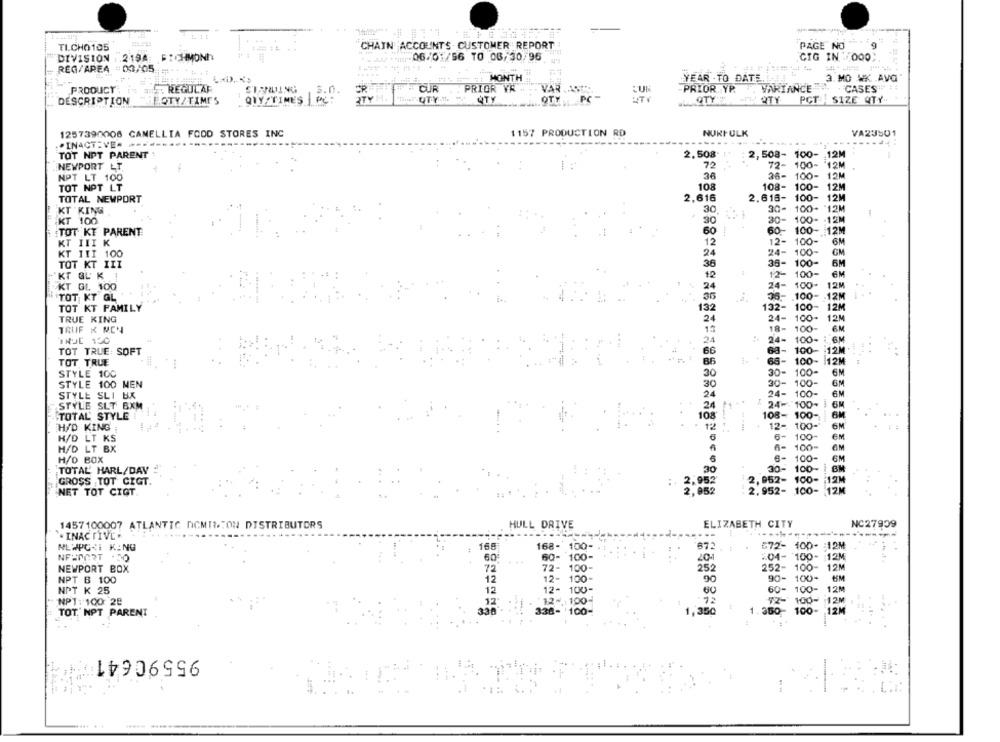
CHAIN ACCOUNTS CUSTOMER REPORT
PAGE NO
TICHO105
DIVISION .219A FICHMONh
06/01/56 TO 08/30/95
CIG IN 1000
REG/AREA :02/05
MONTH
YEAR . TO DATE ..
a. MO WK AVQ
PRODUCT
: REGULAR
STANDING
CIR
PRIOR VR
VAR
PRIOR. YP.
VARIANCE
CASES
ER
UTY 1.
PC-
DESCRIPTION
LOTY/TIMES
QTY TIMES
UTY
OTY
HTY
QTY PCT SIZE QTY
1257390006 CAMELLIA FOOD STORES INC
1157 PRODUCTION RD
NURFULK
VA23501
.. INACTIVE- -----...
TOT NPT PARENT :
2.508
2,508- 100- 12M
72
72- 100- 12M
NEWPORT LT
NPT LT 100
36
36- 100-
12M
TOT NPT LT
108
108- 100-
12M
TOTAL NEWPORT
2,616
2.616-
100-
12M
30-
100- 12M
KT KING
30
KT 100
30
30- 100- - 12M
TOT KT PARENT
60
60-
100- 12M
KT III K
12
12-
12- 100-
6M
24-
24- 100-
GM
KT III 100
24
TOT KT III
38
35-
100-
6M
12- 100-
6M
KT GL K
12
KT GL 100
24
24- 100-
12M
TOT KT GL
31
36- 100-
12M
132- 100-
TOT KT FAMILY
132
12M
TRUE KING
24
24- 100-
12M
18- 100-
TRUF & MON
24
24- 100-
8M
63-
100-
TOT TRUE: SOFT
66
12M.
TOT TRUE
86
66-
100-
12M
30-
100-
6M
STYLE 100
30
STYLE 100 NEN
30
30-
100-
6M
STYLE SLI BX
24
24- 100-
6M
STYLE SLT BXM
24
₹ 24-100-
6M
TOTAL' STYLE
108
108- 100-
100-
H/D KING
12
12-
6M
H/D LT KS
6
6-
100
6M
100-
H/D LT BX
H/O BOX
100-
EM
30-
100-
BM
TOTAL HARL/DAY #
30
GROSS TOT CIGT.
:
2.952
2,952- 100-
12M
2.952- 100- 12M
NET TOT CIGT.
2,952
1457100007 ATLANTIC DOMINION DISTRIBUTORS
HULL DRIVE
ELIZABETH CITY
NC27939
`. INAC FIVE
--
---------
NEWPG<I KING
166
168- 100-
875
1.07
672- 100- : 12M
NEWPORT
60
60- 100-
204-
100
12M
NEWPORT BOX
72- 100-
252
252-
12M
12- 100-
90- 100-
UM
NPT B 100
NPT K 25
12- 100-
6
60-
100
12M
NPT: 100: 28
12-1100-
72-
12
1.
TOT' NPT PARENT
330
338- 100-
350
350
100- 12M
100
95590641 4